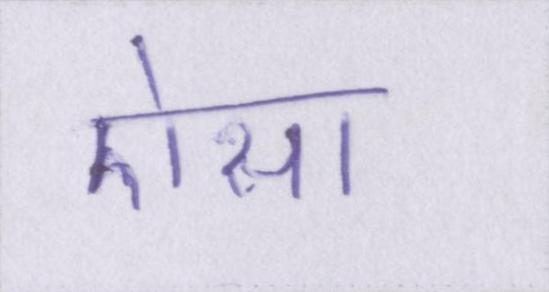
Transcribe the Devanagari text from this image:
ऐसा